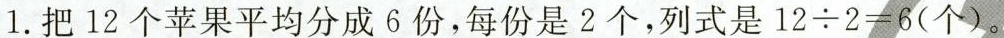
1.把12个苹果平均分成6份，每份是2个，列式是 $$1 2 \div 2 = 6$$ (个)。